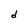
Character: d